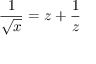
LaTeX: \frac { 1 } { \sqrt x } = z + \frac { 1 } { z }